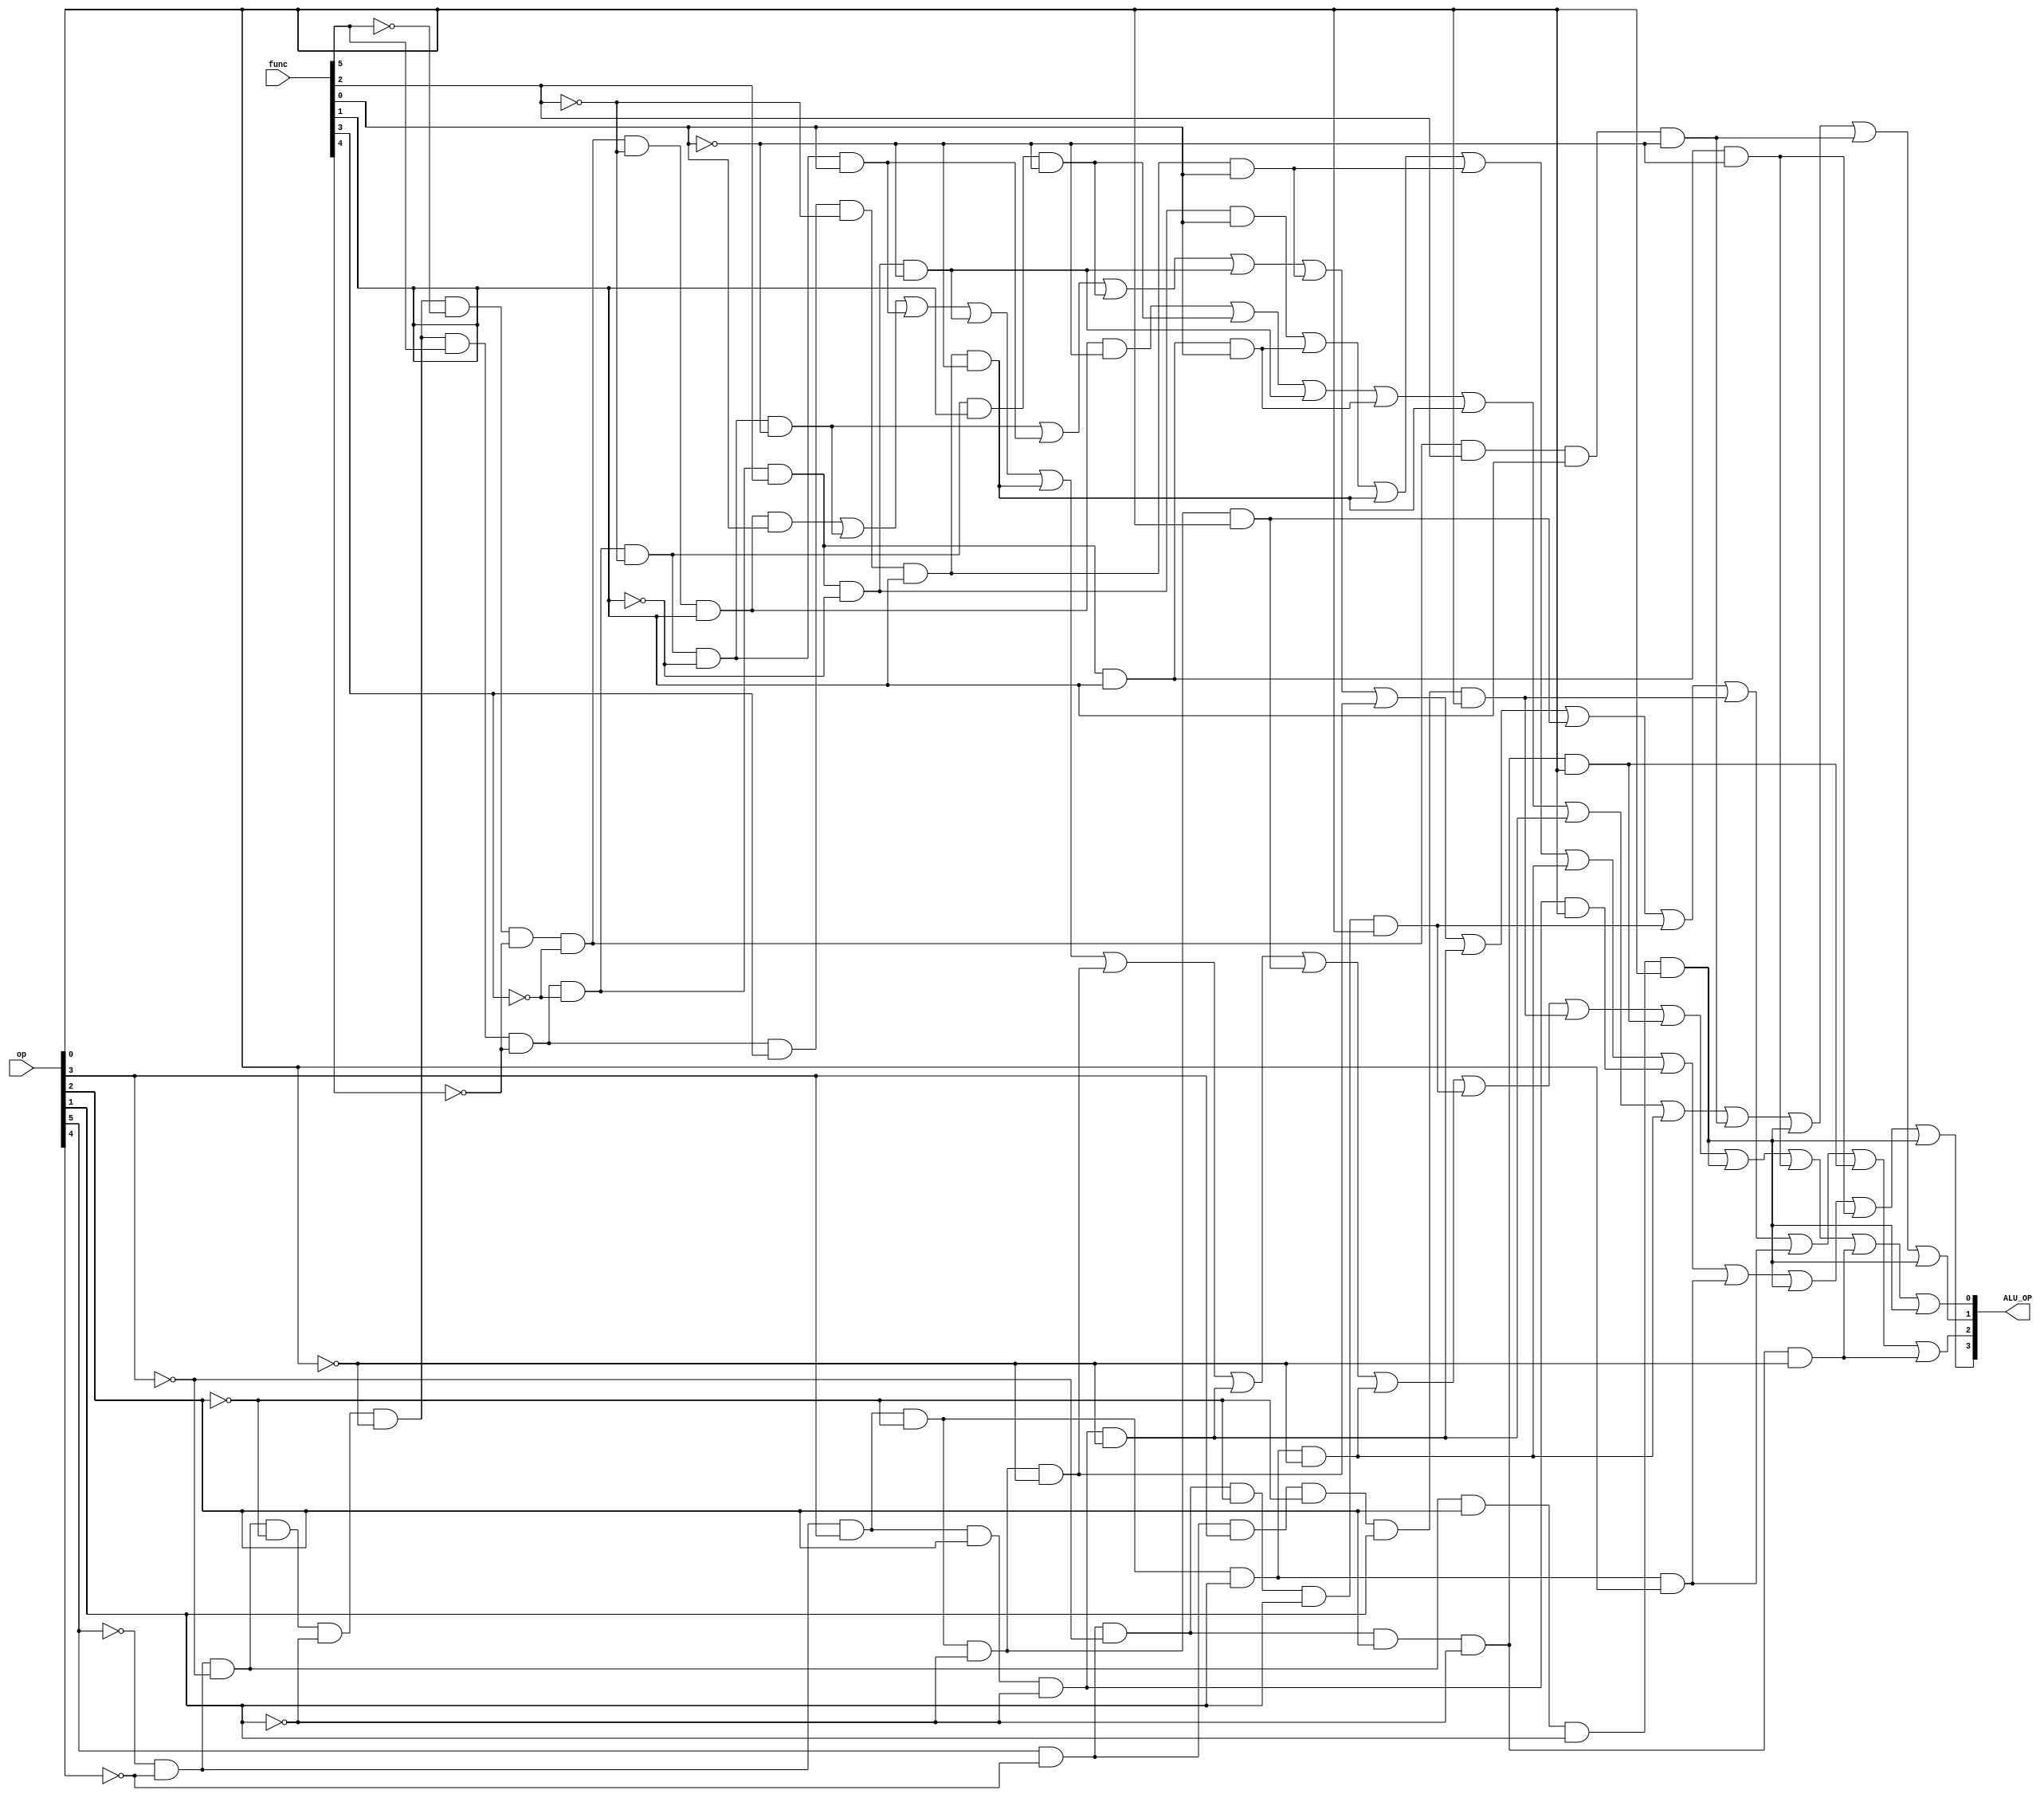
`timescale 1ns / 1ps
//////////////////////////////////////////////////////////////////////////////////
// Company: 
// Engineer: 
// 
// Design Name: 
// Module Name: ALU_Controller
// Project Name: 
// Target Devices: 
// Tool Versions: 
// Description: 
// 
// Dependencies: 
// 
// Revision:
// Revision 0.01 - File Created
// Additional Comments:
// 
//////////////////////////////////////////////////////////////////////////////////


module ALU_Controller(
    input wire[5:0] op,
    input wire[5:0] func,
    output wire[3:0] ALU_OP
    );
    
    wire OP5,OP4,OP3,OP2,OP1,OP0;
    wire F5,F4,F3,F2,F1,F0;
    wire S3,S2,S1,S0;
    
    assign OP5 = op[5];
    assign OP4 = op[4];
    assign OP3 = op[3];
    assign OP2 = op[2];
    assign OP1 = op[1];
    assign OP0 = op[0];
    assign F5 = func[5];
    assign F4 = func[4];
    assign F3 = func[3];
    assign F2 = func[2];
    assign F1 = func[1];
    assign F0 = func[0];
    assign ALU_OP = {S3,S2,S1,S0};
    
    assign S3=~OP5&~OP4&~OP3&~OP2&~OP1&~OP0&F5&~F4&~F3&F2&~F1&F0 | ~OP5&~OP4&~OP3&~OP2&~OP1&~OP0&F5&~F4&~F3&F2&F1&F0 | ~OP5&~OP4&~OP3&~OP2&~OP1&~OP0&F5&~F4&F3&~F2&F1&~F0 | ~OP5&~OP4&~OP3&~OP2&~OP1&~OP0&F5&~F4&F3&~F2&F1&F0 | ~OP5&~OP4&OP3&~OP2&OP1&~OP0 | ~OP5&~OP4&OP3&OP2&~OP1&OP0 | ~OP5&~OP4&OP3&~OP2&OP1&OP0 | ~OP5&~OP4&~OP3&OP2&OP1&OP0 | ~OP5&~OP4&~OP3&~OP2&~OP1&~OP0&F5&~F4&~F3&F2&F1&~F0 | ~OP5&~OP4&~OP3&OP2&OP1&OP0;
    assign S2=~OP5&~OP4&~OP3&~OP2&~OP1&~OP0&F5&~F4&~F3&~F2&~F1&~F0 | ~OP5&~OP4&~OP3&~OP2&~OP1&~OP0&F5&~F4&~F3&~F2&~F1&F0 | ~OP5&~OP4&~OP3&~OP2&~OP1&~OP0&F5&~F4&~F3&~F2&F1&~F0 | ~OP5&~OP4&~OP3&~OP2&~OP1&~OP0&F5&~F4&~F3&F2&~F1&~F0 | ~OP5&~OP4&~OP3&~OP2&~OP1&~OP0&F5&~F4&F3&~F2&F1&F0 | ~OP5&~OP4&OP3&~OP2&~OP1&~OP0 | ~OP5&~OP4&OP3&OP2&~OP1&~OP0 | ~OP5&~OP4&OP3&~OP2&~OP1&OP0 | OP5&~OP4&~OP3&~OP2&OP1&OP0 | OP5&~OP4&OP3&~OP2&OP1&OP0 | ~OP5&~OP4&OP3&~OP2&OP1&OP0 | OP5&~OP4&~OP3&OP2&~OP1&OP0 | OP5&~OP4&~OP3&OP2&~OP1&~OP0;
    assign S1=~OP5&~OP4&~OP3&~OP2&~OP1&~OP0&~F5&~F4&~F3&~F2&F1&~F0 | ~OP5&~OP4&~OP3&~OP2&~OP1&~OP0&F5&~F4&~F3&~F2&F1&~F0 | ~OP5&~OP4&~OP3&~OP2&~OP1&~OP0&F5&~F4&~F3&F2&~F1&~F0 | ~OP5&~OP4&~OP3&~OP2&~OP1&~OP0&F5&~F4&~F3&F2&F1&F0 | ~OP5&~OP4&~OP3&~OP2&~OP1&~OP0&F5&~F4&F3&~F2&F1&~F0 | ~OP5&~OP4&OP3&OP2&~OP1&~OP0 | ~OP5&~OP4&OP3&~OP2&OP1&~OP0 | ~OP5&~OP4&~OP3&~OP2&~OP1&~OP0&~F5&~F4&~F3&F2&F1&~F0 | ~OP5&~OP4&~OP3&OP2&OP1&OP0 | ~OP5&~OP4&~OP3&~OP2&~OP1&~OP0&~F5&~F4&~F3&F2&F1&~F0 | ~OP5&~OP4&~OP3&OP2&OP1&OP0;
    assign S0=~OP5&~OP4&~OP3&~OP2&~OP1&~OP0&~F5&~F4&~F3&~F2&F1&F0 | ~OP5&~OP4&~OP3&~OP2&~OP1&~OP0&F5&~F4&~F3&~F2&~F1&~F0 | ~OP5&~OP4&~OP3&~OP2&~OP1&~OP0&F5&~F4&~F3&~F2&~F1&F0 | ~OP5&~OP4&~OP3&~OP2&~OP1&~OP0&F5&~F4&~F3&F2&~F1&~F0 | ~OP5&~OP4&~OP3&~OP2&~OP1&~OP0&F5&~F4&F3&~F2&F1&~F0 | ~OP5&~OP4&OP3&~OP2&~OP1&~OP0 | ~OP5&~OP4&OP3&OP2&~OP1&~OP0 | ~OP5&~OP4&OP3&~OP2&~OP1&OP0 | ~OP5&~OP4&OP3&~OP2&OP1&~OP0 | OP5&~OP4&~OP3&~OP2&OP1&OP0 | OP5&~OP4&OP3&~OP2&OP1&OP0 | OP5&~OP4&~OP3&OP2&~OP1&OP0 | ~OP5&~OP4&~OP3&OP2&OP1&OP0|~OP5&~OP4&~OP3&~OP2&~OP1&~OP0&F5&~F4&~F3&F2&F1&~F0|OP5&~OP4&~OP3&OP2&~OP1&~OP0|~OP5&~OP4&~OP3&OP2&OP1&OP0;

endmodule